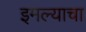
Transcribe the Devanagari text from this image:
इमल्याचा